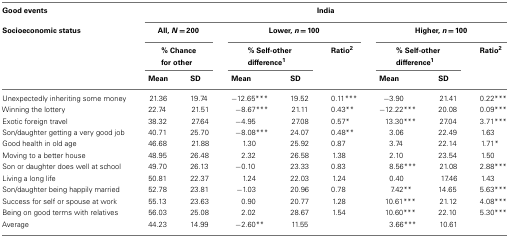
<table><thead><tr><td><b>Good events</b></td><td colspan="8"><b>India</b></td></tr><tr><td><b>Socioeconomic status</b></td><td colspan="2"><b>All, <i>N</i> = 200</b></td><td colspan="3"><b>Lower, <i>n</i> = 100</b></td><td colspan="3"><b>Higher, <i>n</i> = 100</b></td></tr><tr><td></td><td colspan="2"><b>% Chance for other</b></td><td colspan="2"><b>% Self-other difference1</b></td><td><b>Ratio2</b></td><td colspan="2"><b>% Self-other difference1</b></td><td><b>Ratio2</b></td></tr><tr><td></td><td><b>Mean</b></td><td><b>SD</b></td><td><b>Mean</b></td><td><b>SD</b></td><td></td><td><b>Mean</b></td><td><b>SD</b></td><td></td></tr></thead><tbody><tr><td>Unexpectedly inheriting some money</td><td>21.36</td><td>19.74</td><td>−12.65***</td><td>19.52</td><td>0.11***</td><td>−3.90</td><td>21.41</td><td>0.22***</td></tr><tr><td>Winning the lottery</td><td>22.74</td><td>21.51</td><td>−8.67***</td><td>21.11</td><td>0.43**</td><td>−12.22***</td><td>20.08</td><td>0.09***</td></tr><tr><td>Exotic foreign travel</td><td>38.32</td><td>27.64</td><td>−4.95</td><td>27.08</td><td>0.57*</td><td>13.30***</td><td>27.04</td><td>3.71***</td></tr><tr><td>Son/daughter getting a very good job</td><td>40.71</td><td>25.70</td><td>−8.08***</td><td>24.07</td><td>0.48**</td><td>3.06</td><td>22.49</td><td>1.63</td></tr><tr><td>Good health in old age</td><td>46.68</td><td>21.88</td><td>1.30</td><td>25.92</td><td>0.87</td><td>3.74</td><td>22.14</td><td>1.71*</td></tr><tr><td>Moving to a better house</td><td>48.95</td><td>26.48</td><td>2.32</td><td>26.58</td><td>1.38</td><td>2.10</td><td>23.54</td><td>1.50</td></tr><tr><td>Son or daughter does well at school</td><td>49.70</td><td>26.13</td><td>−0.10</td><td>23.33</td><td>0.83</td><td>8.56***</td><td>21.08</td><td>2.88***</td></tr><tr><td>Living a long life</td><td>50.81</td><td>22.37</td><td>1.24</td><td>22.03</td><td>1.24</td><td>0.40</td><td> 17.46</td><td>1.43</td></tr><tr><td>Son/daughter being happily married</td><td>52.78</td><td>23.81</td><td>−1.03</td><td>20.96</td><td>0.78</td><td>7.42**</td><td>14.65</td><td>5.63***</td></tr><tr><td>Success for self or spouse at work</td><td>55.13</td><td>23.63</td><td>0.90</td><td>20.77</td><td>1.28</td><td>10.61***</td><td>21.12</td><td>4.08***</td></tr><tr><td>Being on good terms with relatives</td><td>56.03</td><td>25.08</td><td>2.02</td><td>28.67</td><td>1.54</td><td>10.60***</td><td>22.10</td><td>5.30***</td></tr><tr><td>Average</td><td>44.23</td><td>14.99</td><td>−2.60**</td><td>11.55</td><td></td><td>3.66***</td><td>10.61</td><td></td></tr></tbody></table>